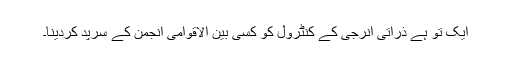
ایک تو ہے ذراتی انرجی کے کنٹرول کو کسی بین الاقوامی انجمن کے سرپد کردینا۔